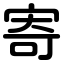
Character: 寄